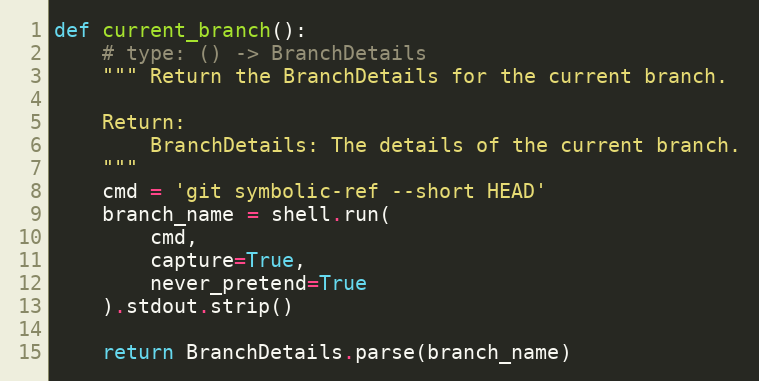
Language: Python
def current_branch():
    # type: () -> BranchDetails
    """ Return the BranchDetails for the current branch.

    Return:
        BranchDetails: The details of the current branch.
    """
    cmd = 'git symbolic-ref --short HEAD'
    branch_name = shell.run(
        cmd,
        capture=True,
        never_pretend=True
    ).stdout.strip()

    return BranchDetails.parse(branch_name)